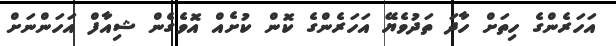
އަހަރެންގެ ހިތަށް ހާދަ ތަދުވެޔޭ އަހަރެންގެ ކޮން ކުށެއް އޮވެގެން ޝިއާފް އަހަންނަށް